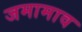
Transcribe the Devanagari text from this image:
जमामाव